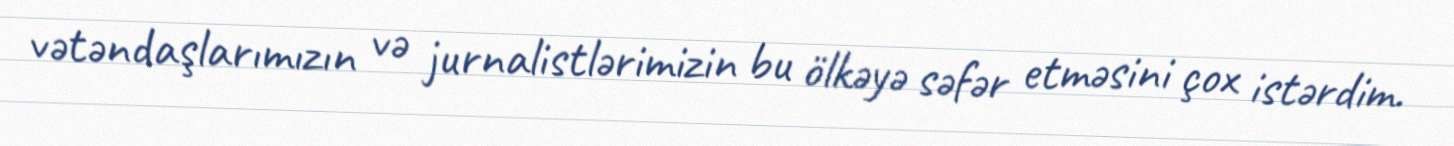
vətəndaşlarımızın və jurnalistlərimizin bu ölkəyə səfər etməsini çox istərdim.